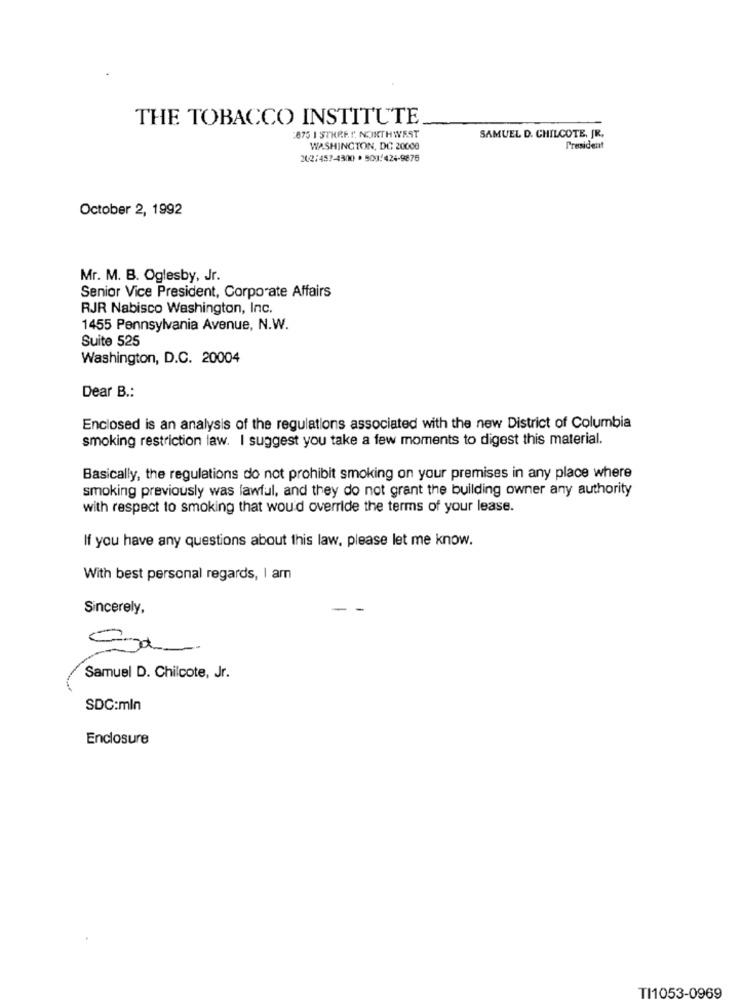
THE TOBACCO INSTITUTE
875 I STREET NORTHWEST
SAMUEL D. CHILCOTE, JR.
WASHINGTON, DC 20000
President
202/457-4300 · 903/424-9876
October 2, 1992
Mr. M. B. Oglesby, Jr.
Senior Vice President, Corporate Affairs
RJR Nabisco Washington, Inc.
1455 Pennsylvania Avenue, N.W.
Suite 525
Washington, D.C. 20004
Dear B .:
Enclosed is an analysis of the regulations associated with the new District of Columbia
smoking restriction law. I suggest you take a few moments to digest this material.
Basically, the regulations do not prohibit smoking on your premises in any place where
smoking previously was lawful, and they do not grant the building owner any authority
with respect to smoking that would override the terms of your lease.
If you have any questions about this law, please let me know.
With best personal regards, I am
Sincerely,
Sa
Samuel D. Chilcote, Jr.
SDC:mln
Enclosure
TI1053-0969